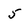
Character: 5